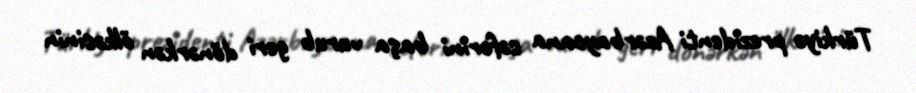
Türkiyə prezidenti Azərbaycana səfərini başa vurub geri dönərkən ölkəsinin